Report on the working of the Ranchi Indian Mental Hospital, Kanke, in Bihar and Orissa - 1930-1940
Year: 1930
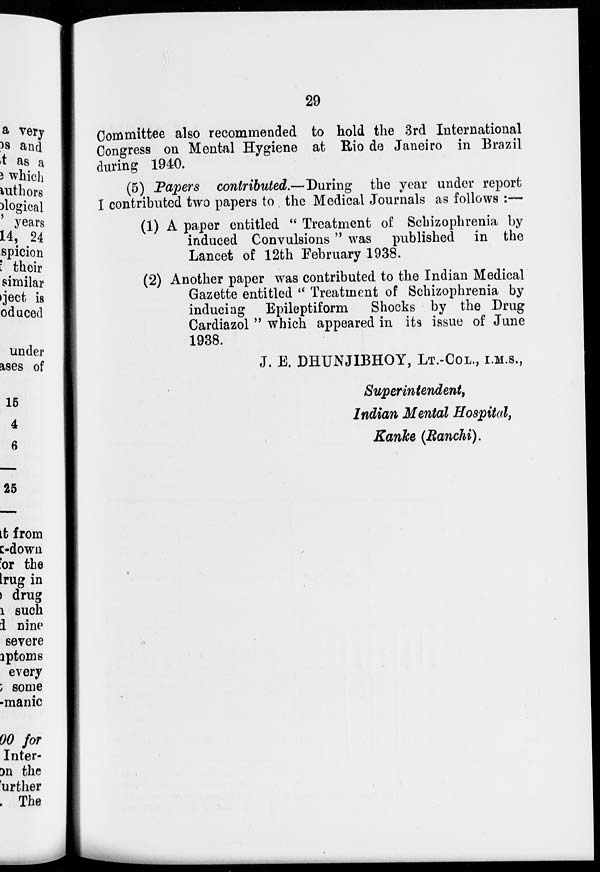
29
Committee also recommended to hold the 3rd International
Congress on Mental Hygiene at Rio de Janeiro in Brazil
during 1940.
(5) Papers contributed.—During the year under report
I contributed two papers to the Medical Journals as follows :—
(1) A paper entitled " Treatment of Schizophrenia by
induced Convulsions " was published in the
Lancet of 12th February 1938.
(2) Another paper was contributed to the Indian Medical
Gazette entitled " Treatment of Schizophrenia by
inducing Epileptiform
Shocks by the Drug
Cardiazol " which appeared in its issue of June
1938.
J. E. DHUNJIBHOY, LT.-COL., I.M.S.,
Superintendent,
Indian Mental Hospital,
Kanke (Ranchi).